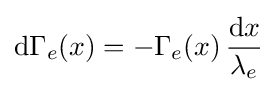
\mathrm {d} \Gamma _{e}(x)=-\Gamma _{e}(x)\,{\frac {\mathrm {d} x}{\lambda _{e}}}